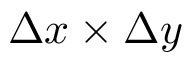
{ \Delta x \times \Delta y }